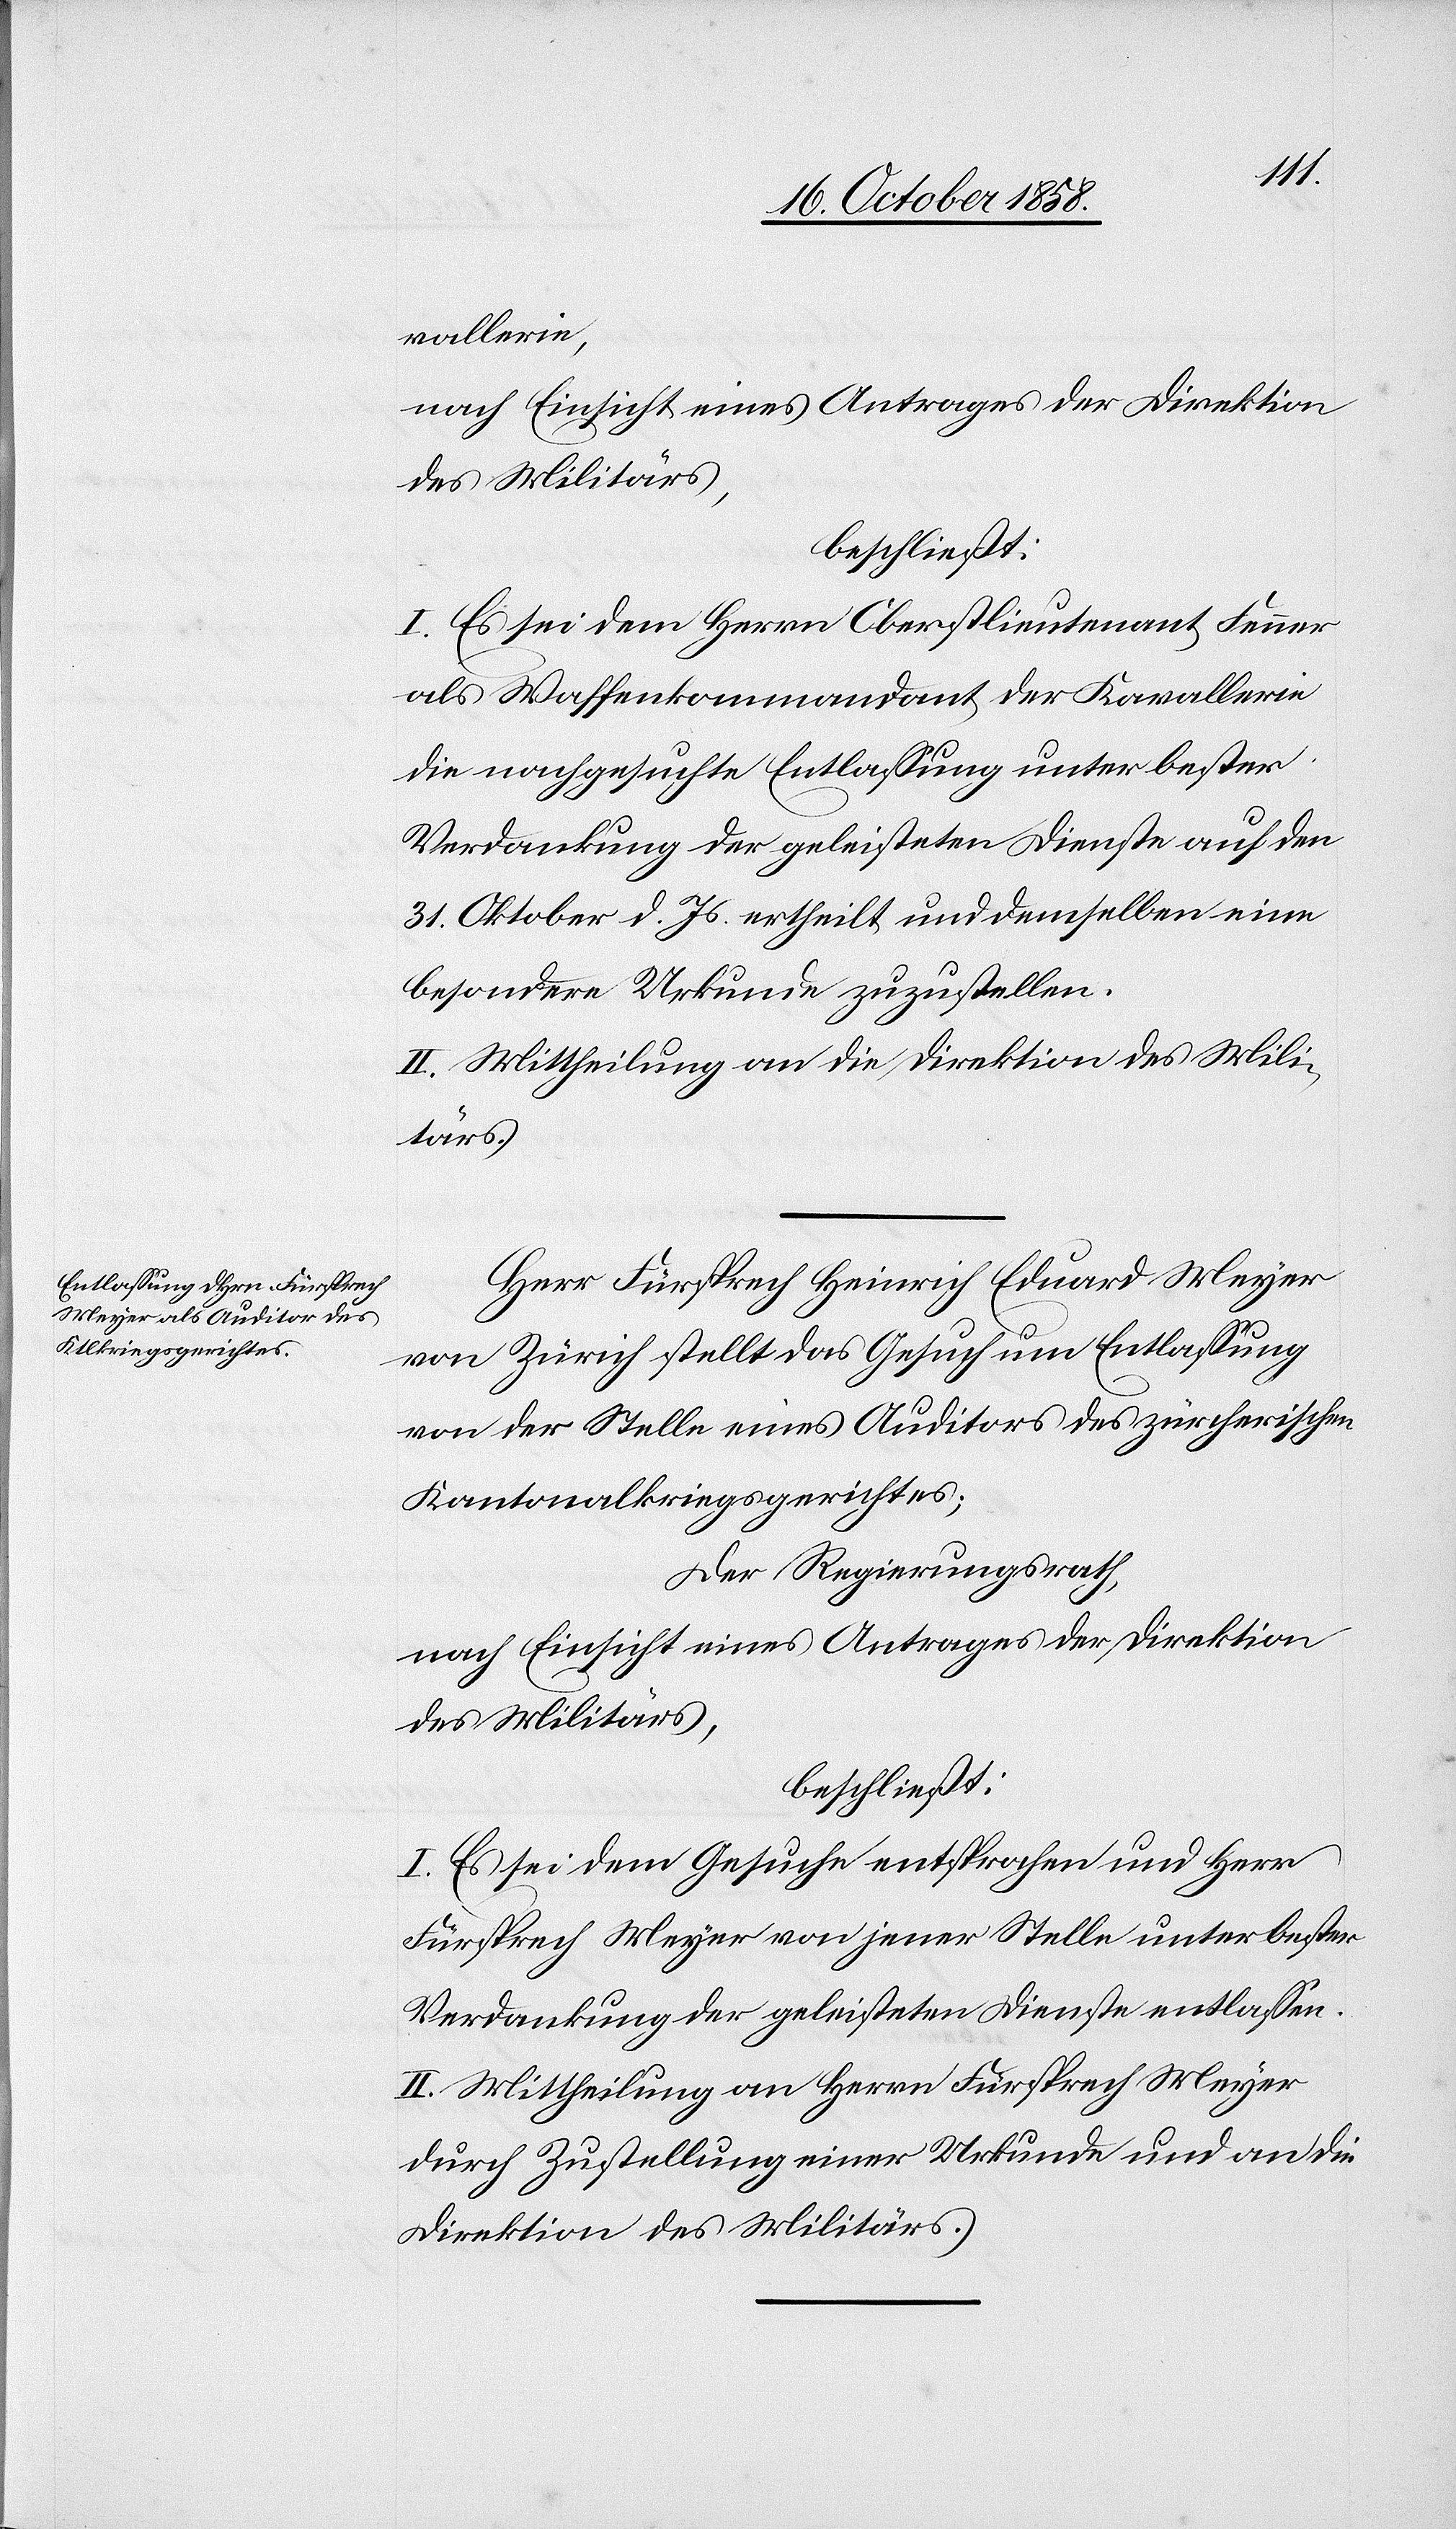
vallerie,
nach Einsicht eines Antrages der Direktion
des Militärs,
beschließt:
I. Es sei dem Herrn Oberstlieutenant Fenner
als Waffenkommandant der Kavallerie
die nachgesuchte Entlassung unter bester
Verdankung der geleisteten Dienste auf den
31. Oktober d. Js. ertheilt und demselben eine
besondere Urkunde zuzustellen.
II. Mittheilung an die Direktion des Mili¬
tärs.
Herr Fürsprech Heinrich Eduard Meyer
von Zürich stellt das Gesuch um Entlassung
von der Stelle eines Auditors des zürcherischen
Kantonalkriegsgerichtes;
Der Regierungsrath,
nach Einsicht eines Antrages der Direktion
des Militärs,
beschließt:
I. Es sei dem Gesuche entsprochen und Herr
Fürsprech Meyer von jener Stelle unter bester
Verdankung der geleisteten Dienste entlassen.
II. Mittheilung an Herrn Fürsprech Meyer
durch Zustellung einer Urkunde und an die
Direktion des Militärs.